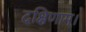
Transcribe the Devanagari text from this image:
दक्षिणाम्‌।